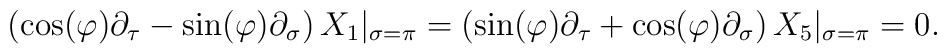
\left(\cos(\varphi)\partial_{\tau}-\sin(\varphi)\partial_{\sigma}\right)X_1|_{\sigma=\pi}=\left(\sin(\varphi)\partial_{\tau}+\cos(\varphi)\partial_{\sigma}\right)X_5|_{\sigma=\pi}=0.